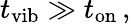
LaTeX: t_{\mathrm{vib}}\gg t_{\mathrm{on}}\, ,